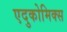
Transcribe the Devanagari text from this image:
एदुकोमिक्स